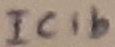
Text: IC1b